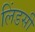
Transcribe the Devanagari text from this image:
लिंडसी